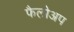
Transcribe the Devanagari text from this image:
फैलोअप